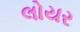
લોયર